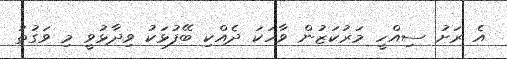
އެ ރަށު ސިއްހީ މަރުކަޒުން ވާހަކަ ދެއްކި ބޭފުޅަކު ވިދާޅުވީ މި ވަގުތު